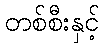
တစ်စီးနှင့်